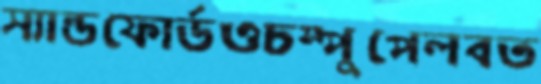
স্যান্ডফোর্ডওচম্পুপেলবত